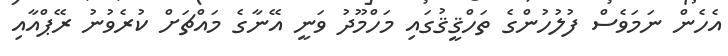
އެހެން ނަމަވެސް ފުލުހުންގެ ތަހްޤީޤުގައި މަހްމޫދު ވަނީ އޭނާގެ މައްޗަށް ކުރެވުނު ރޭޕްއާއި